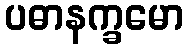
ပဓာနက္ခမော